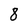
Character: 8